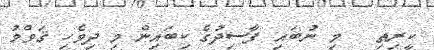
ކީރިތި   މި ނުބައި ފާސިދުގެ ކިބައިން މި ދިވެހި ޤަވްމު